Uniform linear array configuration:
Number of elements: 8
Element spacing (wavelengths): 0.75
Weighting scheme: uniform
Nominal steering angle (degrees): -15
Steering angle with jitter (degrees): -14.532
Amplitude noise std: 0.05
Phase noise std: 0.05

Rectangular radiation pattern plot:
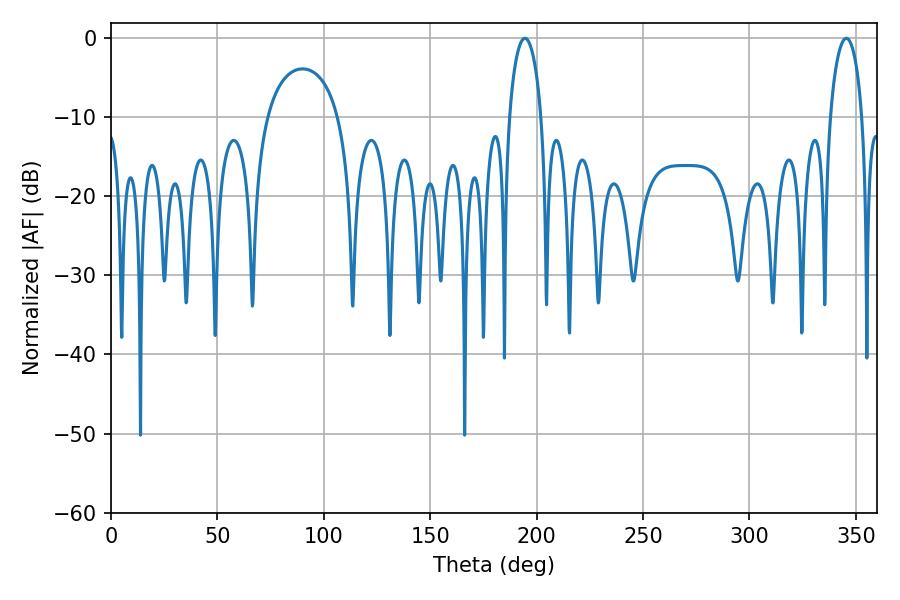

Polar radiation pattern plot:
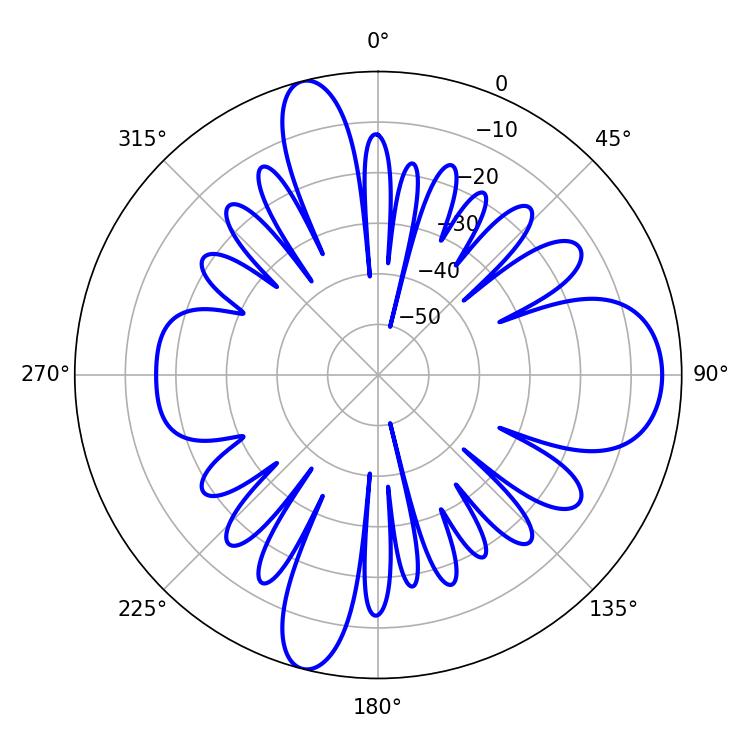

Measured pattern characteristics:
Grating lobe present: TRUE
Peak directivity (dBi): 13.466
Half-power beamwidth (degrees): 8.64
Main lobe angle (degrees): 345.42